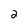
Character: 2